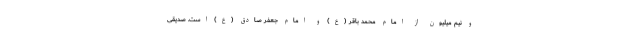
و نیم میلیون از امام محمد باقر (ع) و امام جعفر صادق (ع) است. صدیقی